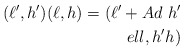
\begin{align*}(\ell ^{\prime },h^{\prime })(\ell ,h)=(\ell ^{\prime }+Ad\ h^{\prime }\\ell ,h^{\prime }h)\end{align*}